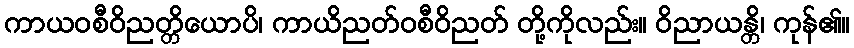
ကာယဝစီဝိညတ္တိယောပိ၊ ကာယိညတ်ဝစီဝိညတ် တို့ကိုလည်း။ ဝိညာယန္တိ၊ ကုန်၏။